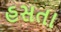
હસતા